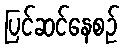
ပြင်ဆင်နေစဉ်